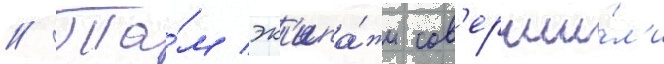
// Та́м эк'ипа́жи сов'ерши́л'и